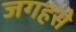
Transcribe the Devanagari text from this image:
जगहसे